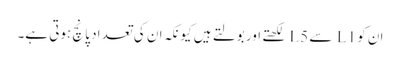
ان کو L1 سے L5 لکھتے اور بولتے ہیں کیونکہ ان کی تعداد پانچ ہوتی ہے۔